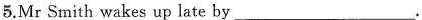
5. Mr Smith wakes up late by ___.